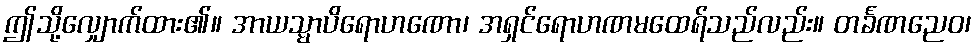
ဤသို့လျှောက်ထား၏။ အာယသ္မာပိရောဟဏော၊ အရှင်ရောဟဏမထေရ်သည်လည်း။ တင်္ခဏညေဝ၊